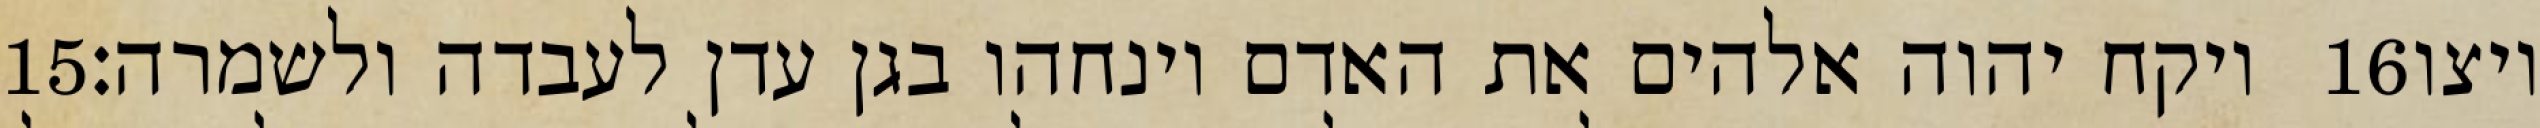
‎15‏ ויקח יהוה אלהים את האדם וינחהו בגן עדן לעבדה ולשמרה׃ ‎16‏ ויצו